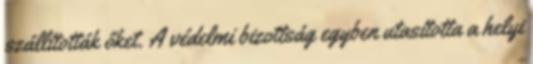
szállították őket. A védelmi bizottság egyben utasította a helyi